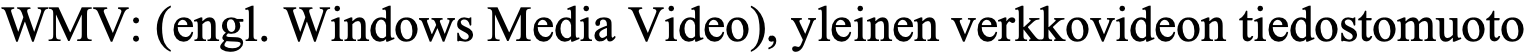
WMV: (engl. Windows Media Video), yleinen verkkovideon tiedostomuoto